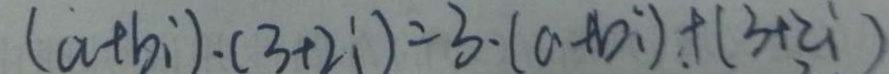
( a + b i ) \cdot ( 3 + 2 i ) = 3 \cdot ( a + b i ) + ( 3 + z i )